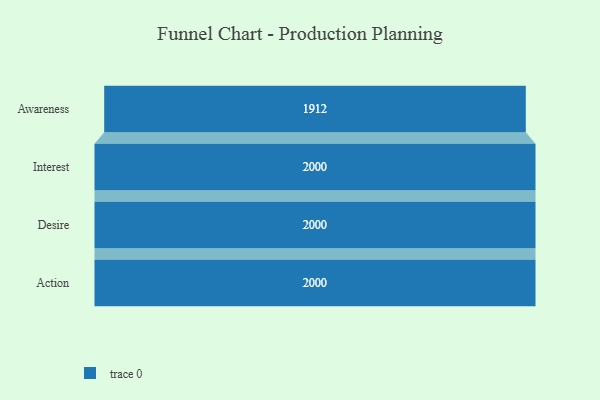
{"axis": {"x": "Stage", "y": "Value"}, "legend": [""], "data": [{"x": "Awareness", "y": 1912.0, "type": ""}, {"x": "Interest", "y": 2000, "type": ""}, {"x": "Desire", "y": 2000, "type": ""}, {"x": "Action", "y": 2000, "type": ""}]}